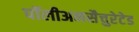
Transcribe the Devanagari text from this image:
पॉलीअनसैचुरेटेड